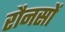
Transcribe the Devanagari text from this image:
रौनसों